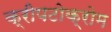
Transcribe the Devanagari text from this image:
क्रीपटोक्रोम